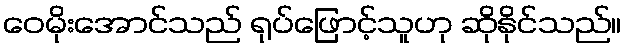
ဝေမိုးအောင်သည် ရုပ်ဖြောင့်သူဟု ဆိုနိုင်သည်။